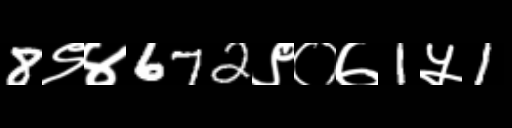
Text: 8९४672९०७1५1